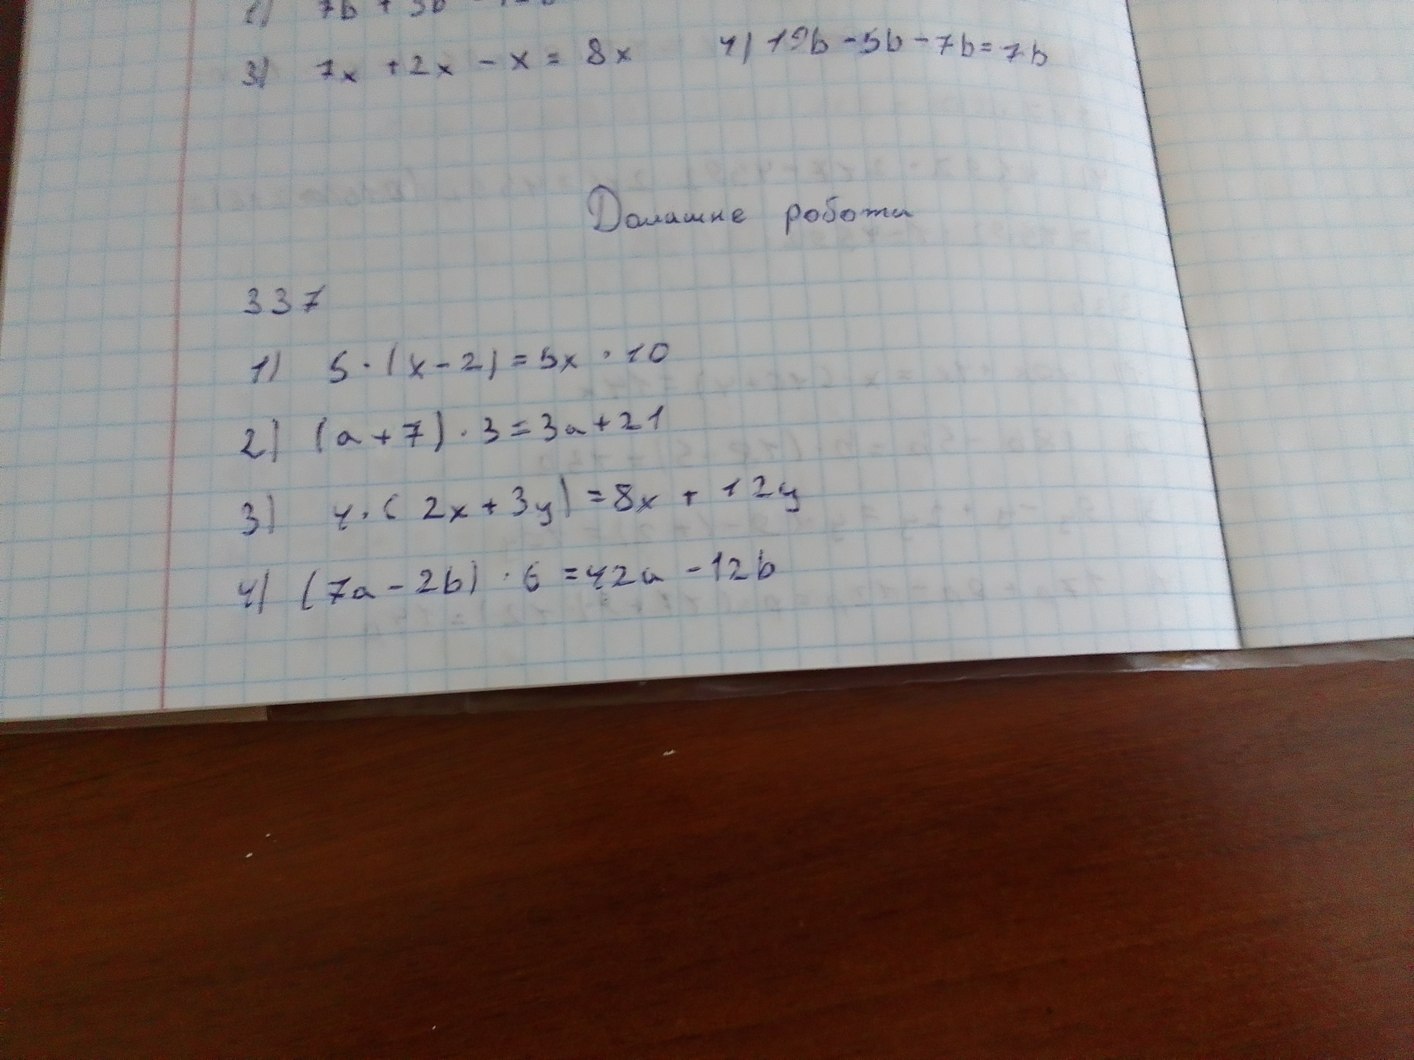
4) 19b-5b-7b=7b
3) 7х+2х-х=8х
Домашня робота
337
1) \quad 5 \cdot (x - 2) = 5x - 10
2) (a + 7) \cdot 3 = 3a + 21
3) \quad 4 \cdot (2x + 3y) = 8x + 12y
4) (7a - 2b) \cdot 6 = 42a - 12b